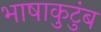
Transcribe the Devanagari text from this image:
भाषाकुटुंब